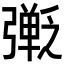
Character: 𫸿